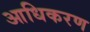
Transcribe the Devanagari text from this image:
आधिकरण